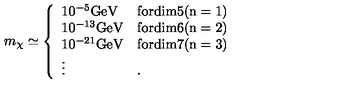
m _ { \chi } \simeq \left\{ \begin{array} { l l } { 1 0 ^ { - 5 } \mathrm { { G e V } } } & { \mathrm { f o r d i m 5 ( n = 1 ) } } \\ { 1 0 ^ { - 1 3 } \mathrm { { G e V } } } & { \mathrm { f o r d i m 6 ( n = 2 ) } } \\ { 1 0 ^ { - 2 1 } \mathrm { { G e V } } } & { \mathrm { f o r d i m 7 ( n = 3 ) } } \\ { \vdots } & { . } \\ \end{array} \right.